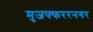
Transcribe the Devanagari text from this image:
मुजफ्फररनगर